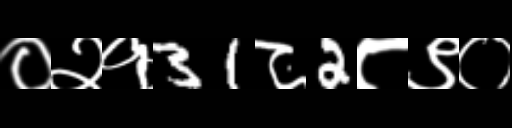
Text: ०२१31८2८९०